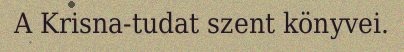
A Krisna-tudat szent könyvei.